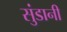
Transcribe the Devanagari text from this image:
सुंडानी